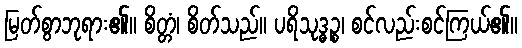
မြတ်စွာဘုရား၏။ စိတ္တံ၊ စိတ်သည်။ ပရိသုဒ္ဓဉ္စ၊ စင်လည်းစင်ကြယ်၏။